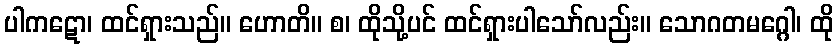
ပါကဋော၊ ထင်ရှားသည်။ ဟောတိ။ စ၊ ထိုသို့ပင် ထင်ရှားပါသော်လည်း။ သောဂတမဂ္ဂေါ၊ ထို